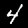
Digit: 4